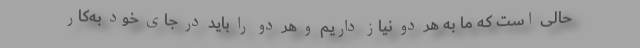
حالی است که ما به هر دو نیاز داریم و هر دو را باید در جای خود به‌کار